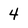
Character: 4